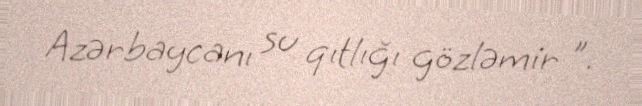
Azərbaycanı su qıtlığı gözləmir ”.